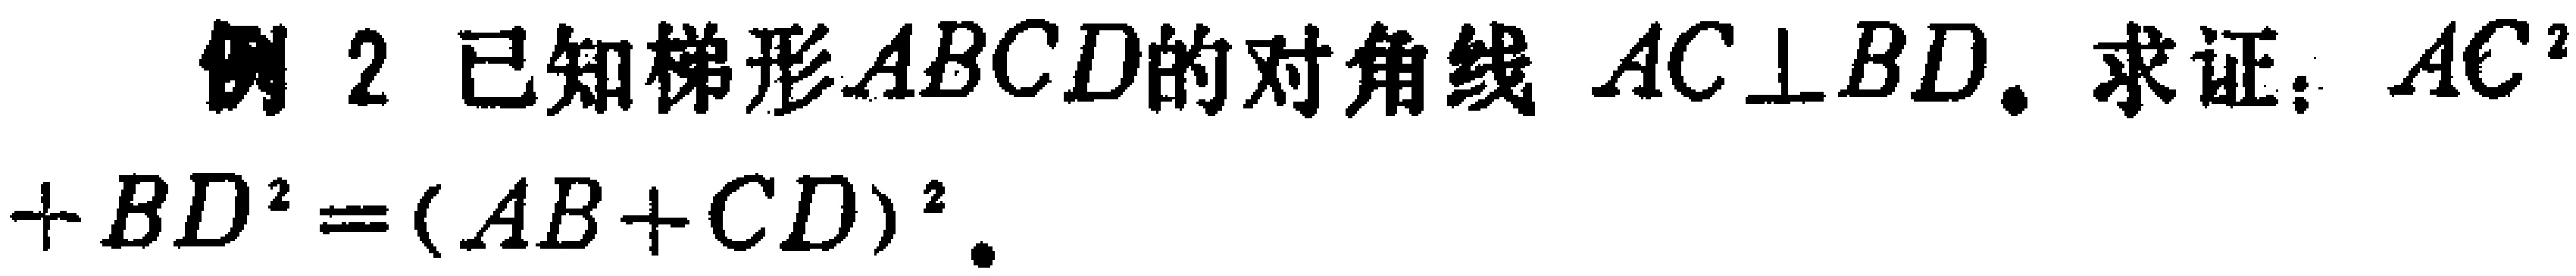
例 2 已知梯形 \(ABCD\)的对角线 \(AC\perp BD\). 求证：\(AC^{2}+BD^{2}=(AB + CD)^{2}\).